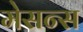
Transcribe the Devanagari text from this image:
मेसन्स